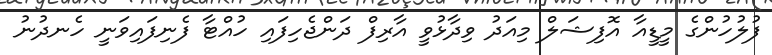
ފުލުހުންގެ މީޑީއާ އޮފިޝަލް މިއަދު ވިދާޅުވީ އާރިފް ދަންޖެހިފައި ހުއްޓާ ފެނިފައިވަނީ ހެނދުނު